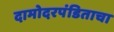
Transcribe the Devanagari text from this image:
दामोदरपंडिताचा